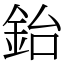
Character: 鈶